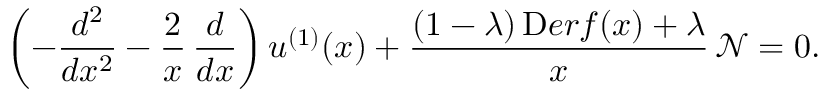
\left( - \frac { d ^ { 2 } } { d x ^ { 2 } } - \frac { 2 } { x } \, \frac { d } { d x } \right) u ^ { ( 1 ) } ( x ) + \frac { ( 1 - \lambda ) \, \mathrm Ḋ e r f Ḍ ( x ) + \lambda } { x } \, \mathcal { N } = 0 .